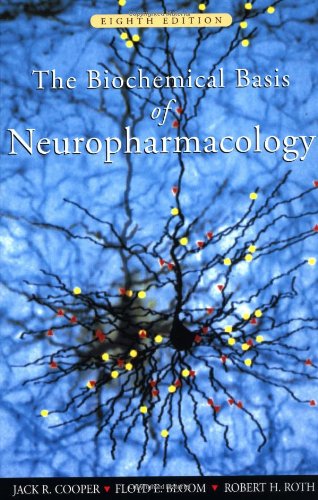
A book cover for The Biochemical Basis of Neuropharmacology; Jack R. Cooper; Medical Books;